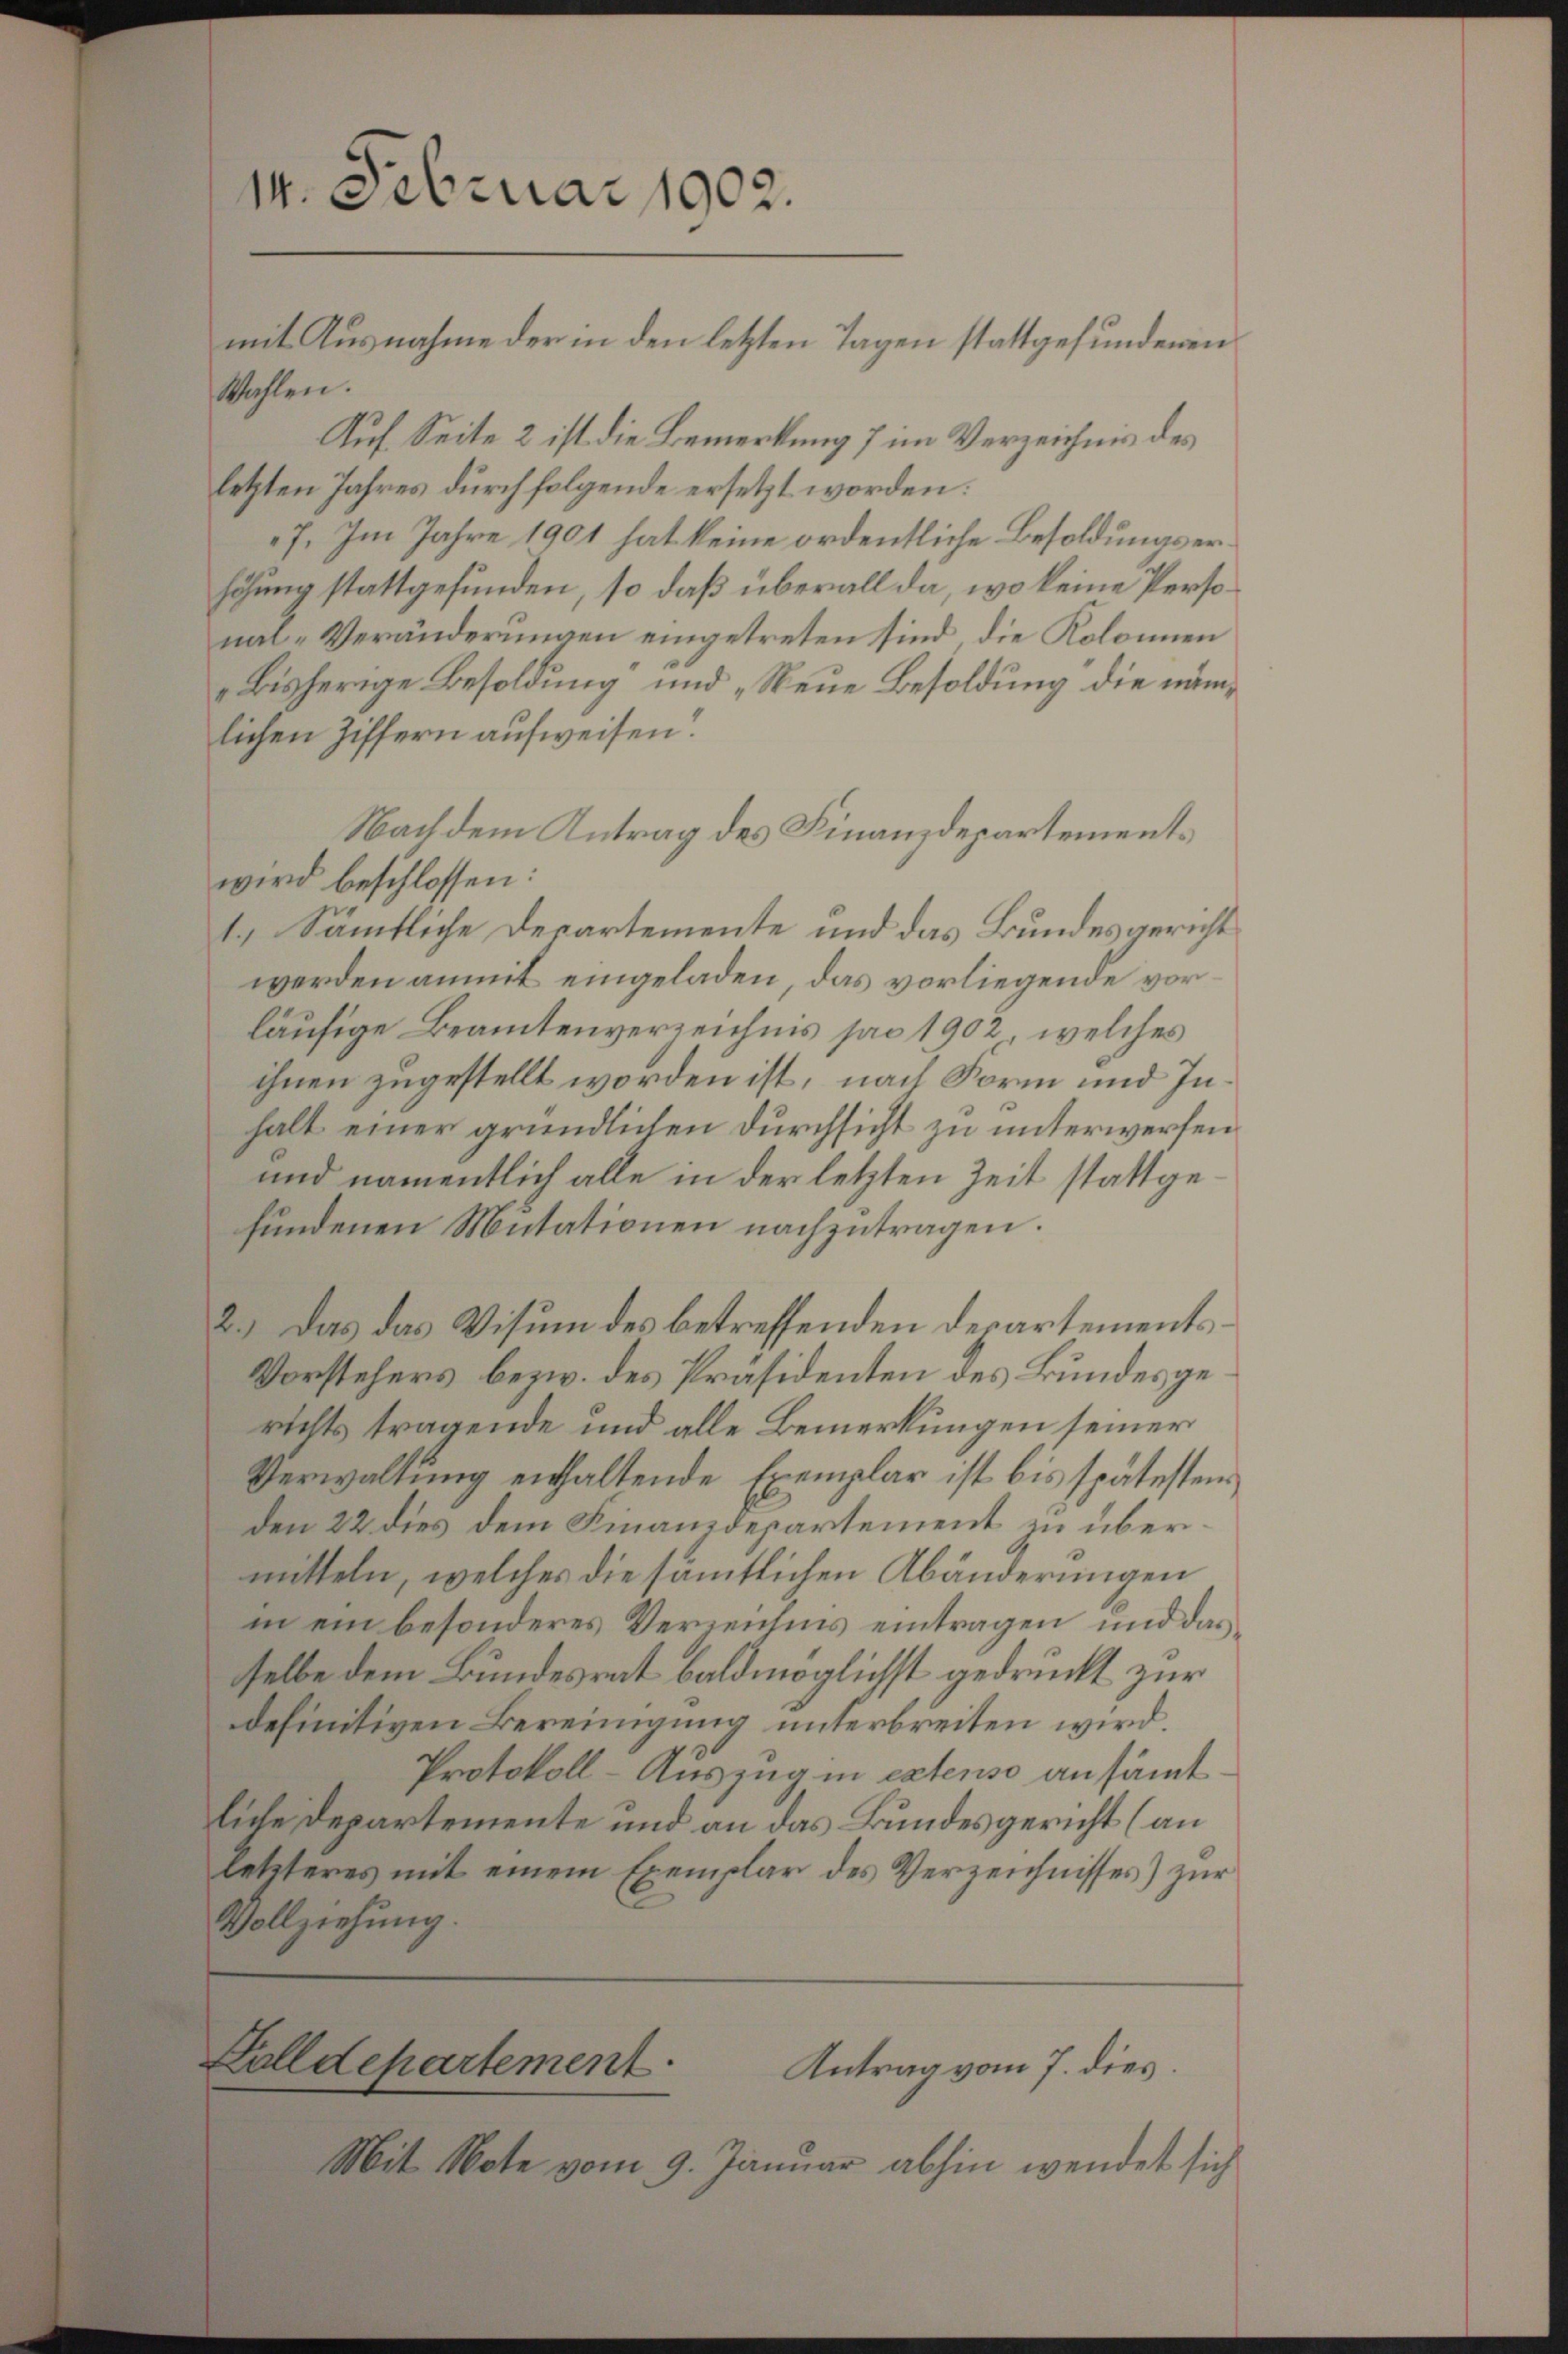
Wahlen.
Auf Seite 2 ist die Bemerkung 7 im Verzeichnis des
letzten Jahres durch folgende ersetzt worden.
7. Im Jahre 1901 hat keine ordentliche Besoldungserhöhung stattgefunden, so daß überall da, wo keine Persona-Veränderungen eingetreten sind, die Kolonnen
bisherige Besoldung und „Neue Besoldung die nämlichen Ziffern aufweisen.
Nach dem Antrag des Finanzdepartements
wird beschlossen:
1.) Sämmtliche Departemente und das Bundesgericht
werden anmit eingeladen, das vorliegende vorläufige Beamtenverzeichnis pro 1902, welches
ihnen zugestellt worden ist, nach Form und Inhalt einer gründlichen Durchsicht zu unterwerfen
und namentlich alle in der letzten Zeit stattgefundenen Mutationen nachzutragen.
2.) Das das Visum des betreffenden Departements¬
Vorstehers bezw. des Präsidenten des Bundes gerichts tragende und alle Bemerkungen seiner
Verwaltung enthaltende Exemplar ist bis spätesten
Den 22 dies dem Finanzdepartement in übermitteln, welches die sämmtlichen Abänderungen
in ein besonderes Veriensins eintragen, und das
selbe dem Bundesrat baldmöglichst gedruckt zur
definitiven Bereinigung unterbreiten wird.
Protokoll-Auszug in extenso ansämt.
liche Departemente und an das Bundesgericht (an
letzteres mit einem Exemplar des Verzeichnisses) zŭr
Vollziehung.

14. Februar 1902.
mit Ausnahme der in den letzten Tagen stattgefundenen

Lalldepartement.
Antrag vom 7. dies

Mit Note vom 9. Januar abhin wendet sich